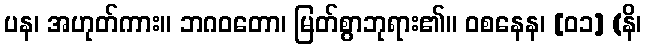
ပန၊ အဟုတ်ကား။ ဘဂဝတော၊ မြတ်စွာဘုရား၏။ ဝစနေန၊ [၀၁] (နိ၊